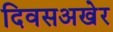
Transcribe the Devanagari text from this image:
दिवसअखेर